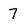
Character: 7